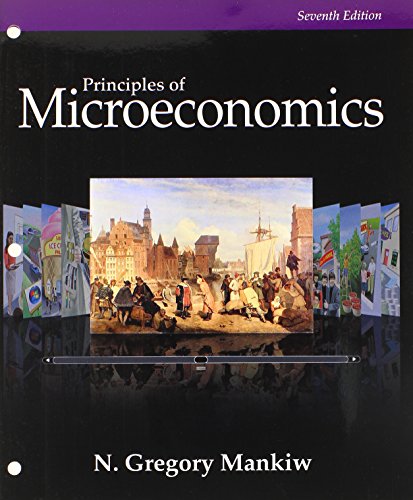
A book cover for Bundle: Principles of Microeconomics (Looseleaf), 7th + Aplia(TM) Printed Access Card; N. Gregory Mankiw; Business & Money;